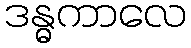
ဒန္ဓကာလေ